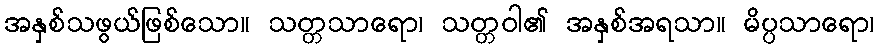
အနှစ်သဖွယ်ဖြစ်သော။ သတ္တသာရော၊ သတ္တဝါ၏ အနှစ်အရသာ။ မိပ္ပသာရော၊